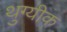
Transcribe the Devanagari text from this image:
थुग्यीक